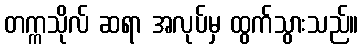
တက္ကသိုလ် ဆရာ အလုပ်မှ ထွက်သွားသည်။